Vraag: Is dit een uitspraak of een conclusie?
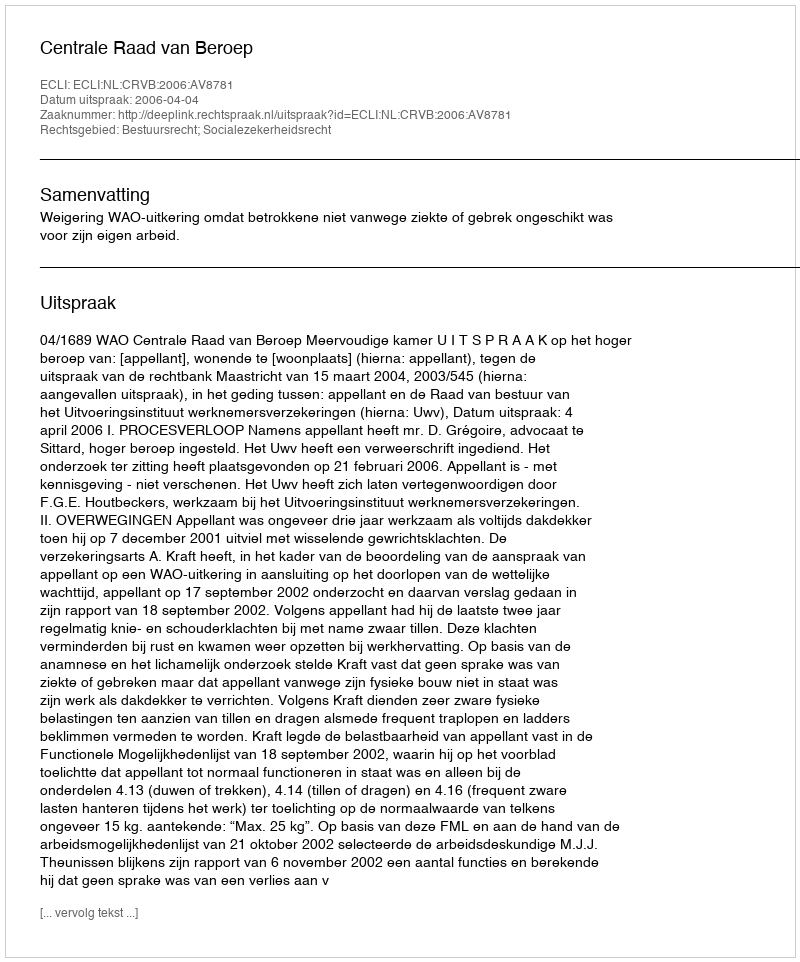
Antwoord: Uitspraak